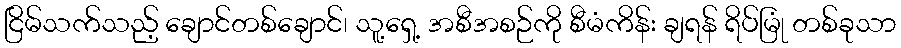
ငြိမ်သက်သည့် ချောင်တစ်ချောင်၊ သူ့ရှေ့ အစီအစဉ်ကို စီမံကိန်း ချရန် ရိပ်မြုံ တစ်ခုသာ